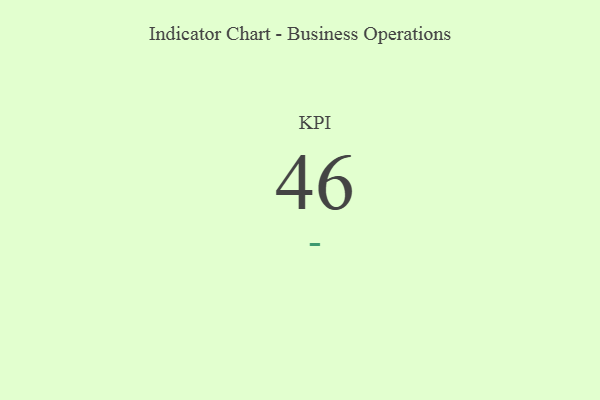
{"axis": {"x": "KPI", "y": "Value"}, "legend": [""], "data": [{"x": "KPI", "y": 46, "type": ""}]}